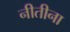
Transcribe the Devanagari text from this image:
नीतीना